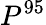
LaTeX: P^{95}